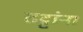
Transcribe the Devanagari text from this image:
तट्टांना